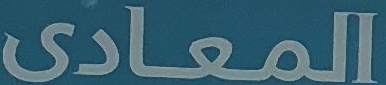
المعادى